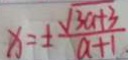
x = \pm \frac { \sqrt { 3 a + 3 } } { a + 1 }